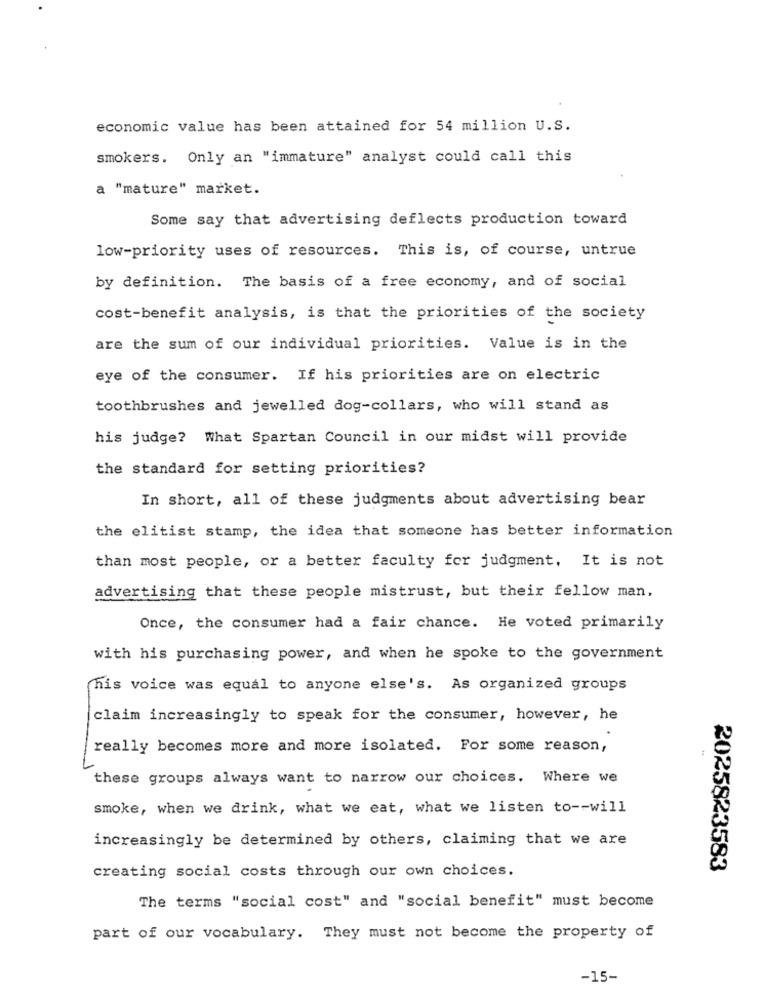
economic value has been attained for 54 million U.S.
smokers. Only an "immature" analyst could call this
a "mature" market.
Some say that advertising deflects production toward
low-priority uses of resources. This is, of course, untrue
by definition. The basis of a free economy, and of social
cost-benefit analysis, is that the priorities of the society
are the sum of our individual priorities. Value is in the
eye of the consumer. If his priorities are on electric
toothbrushes and jewelled dog-collars, who will stand as
his judge? What Spartan Council in our midst will provide
the standard for setting priorities?
In short, all of these judgments about advertising bear
the elitist stamp, the idea that someone has better information
than most people, or a better faculty for judgment. It is not
advertising that these people mistrust, but their fellow man,
Once, the consumer had a fair chance. He voted primarily
with his purchasing power, and when he spoke to the government
his voice was equal to anyone else's. As organized groups
claim increasingly to speak for the consumer, however, he
really becomes more and more isolated. For some reason,
these groups always want to narrow our choices. Where we
smoke, when we drink, what we eat, what we listen to -- will
increasingly be determined by others, claiming that we are
creating social costs through our own choices.
2025823583
The terms "social cost" and "social benefit" must become
part of our vocabulary. They must not become the property of
-15-